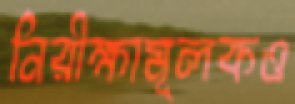
নিরীক্ষামূলকও